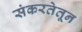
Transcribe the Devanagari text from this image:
संकरतेतून